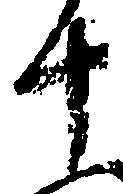
十